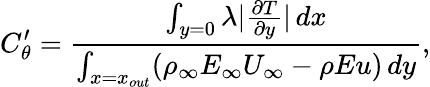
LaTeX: C_{\theta}^{\prime}=\frac{\int_{y=0}\lambda|\frac{\partial T}{\partial y}|\, dx}{\int_{x=x_{out}}(\rho_{\infty}E_{\infty}U_{\infty}-\rho Eu)\, dy},